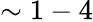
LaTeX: \sim 1-4